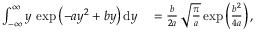
\begin{array} { r l } { \int _ { - \infty } ^ { \infty } y \, \exp \left( - a y ^ { 2 } + b y \right) \mathrm { d } y } & { { } = \frac { b } { 2 a } \, \sqrt { \frac { \pi } { a } } \exp \left( \frac { b ^ { 2 } } { 4 a } \right) , } \end{array}